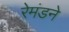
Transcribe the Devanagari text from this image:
रेमंडने